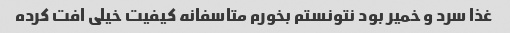
غذا سرد و خمیر بود نتونستم بخورم متاسفانه کیفیت خیلی افت کرده